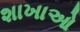
શાખાઓ